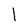
Character: 1